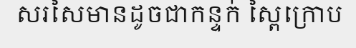
សរសៃមានដូចជាកន្ទក់ ស្ពៃក្រោប